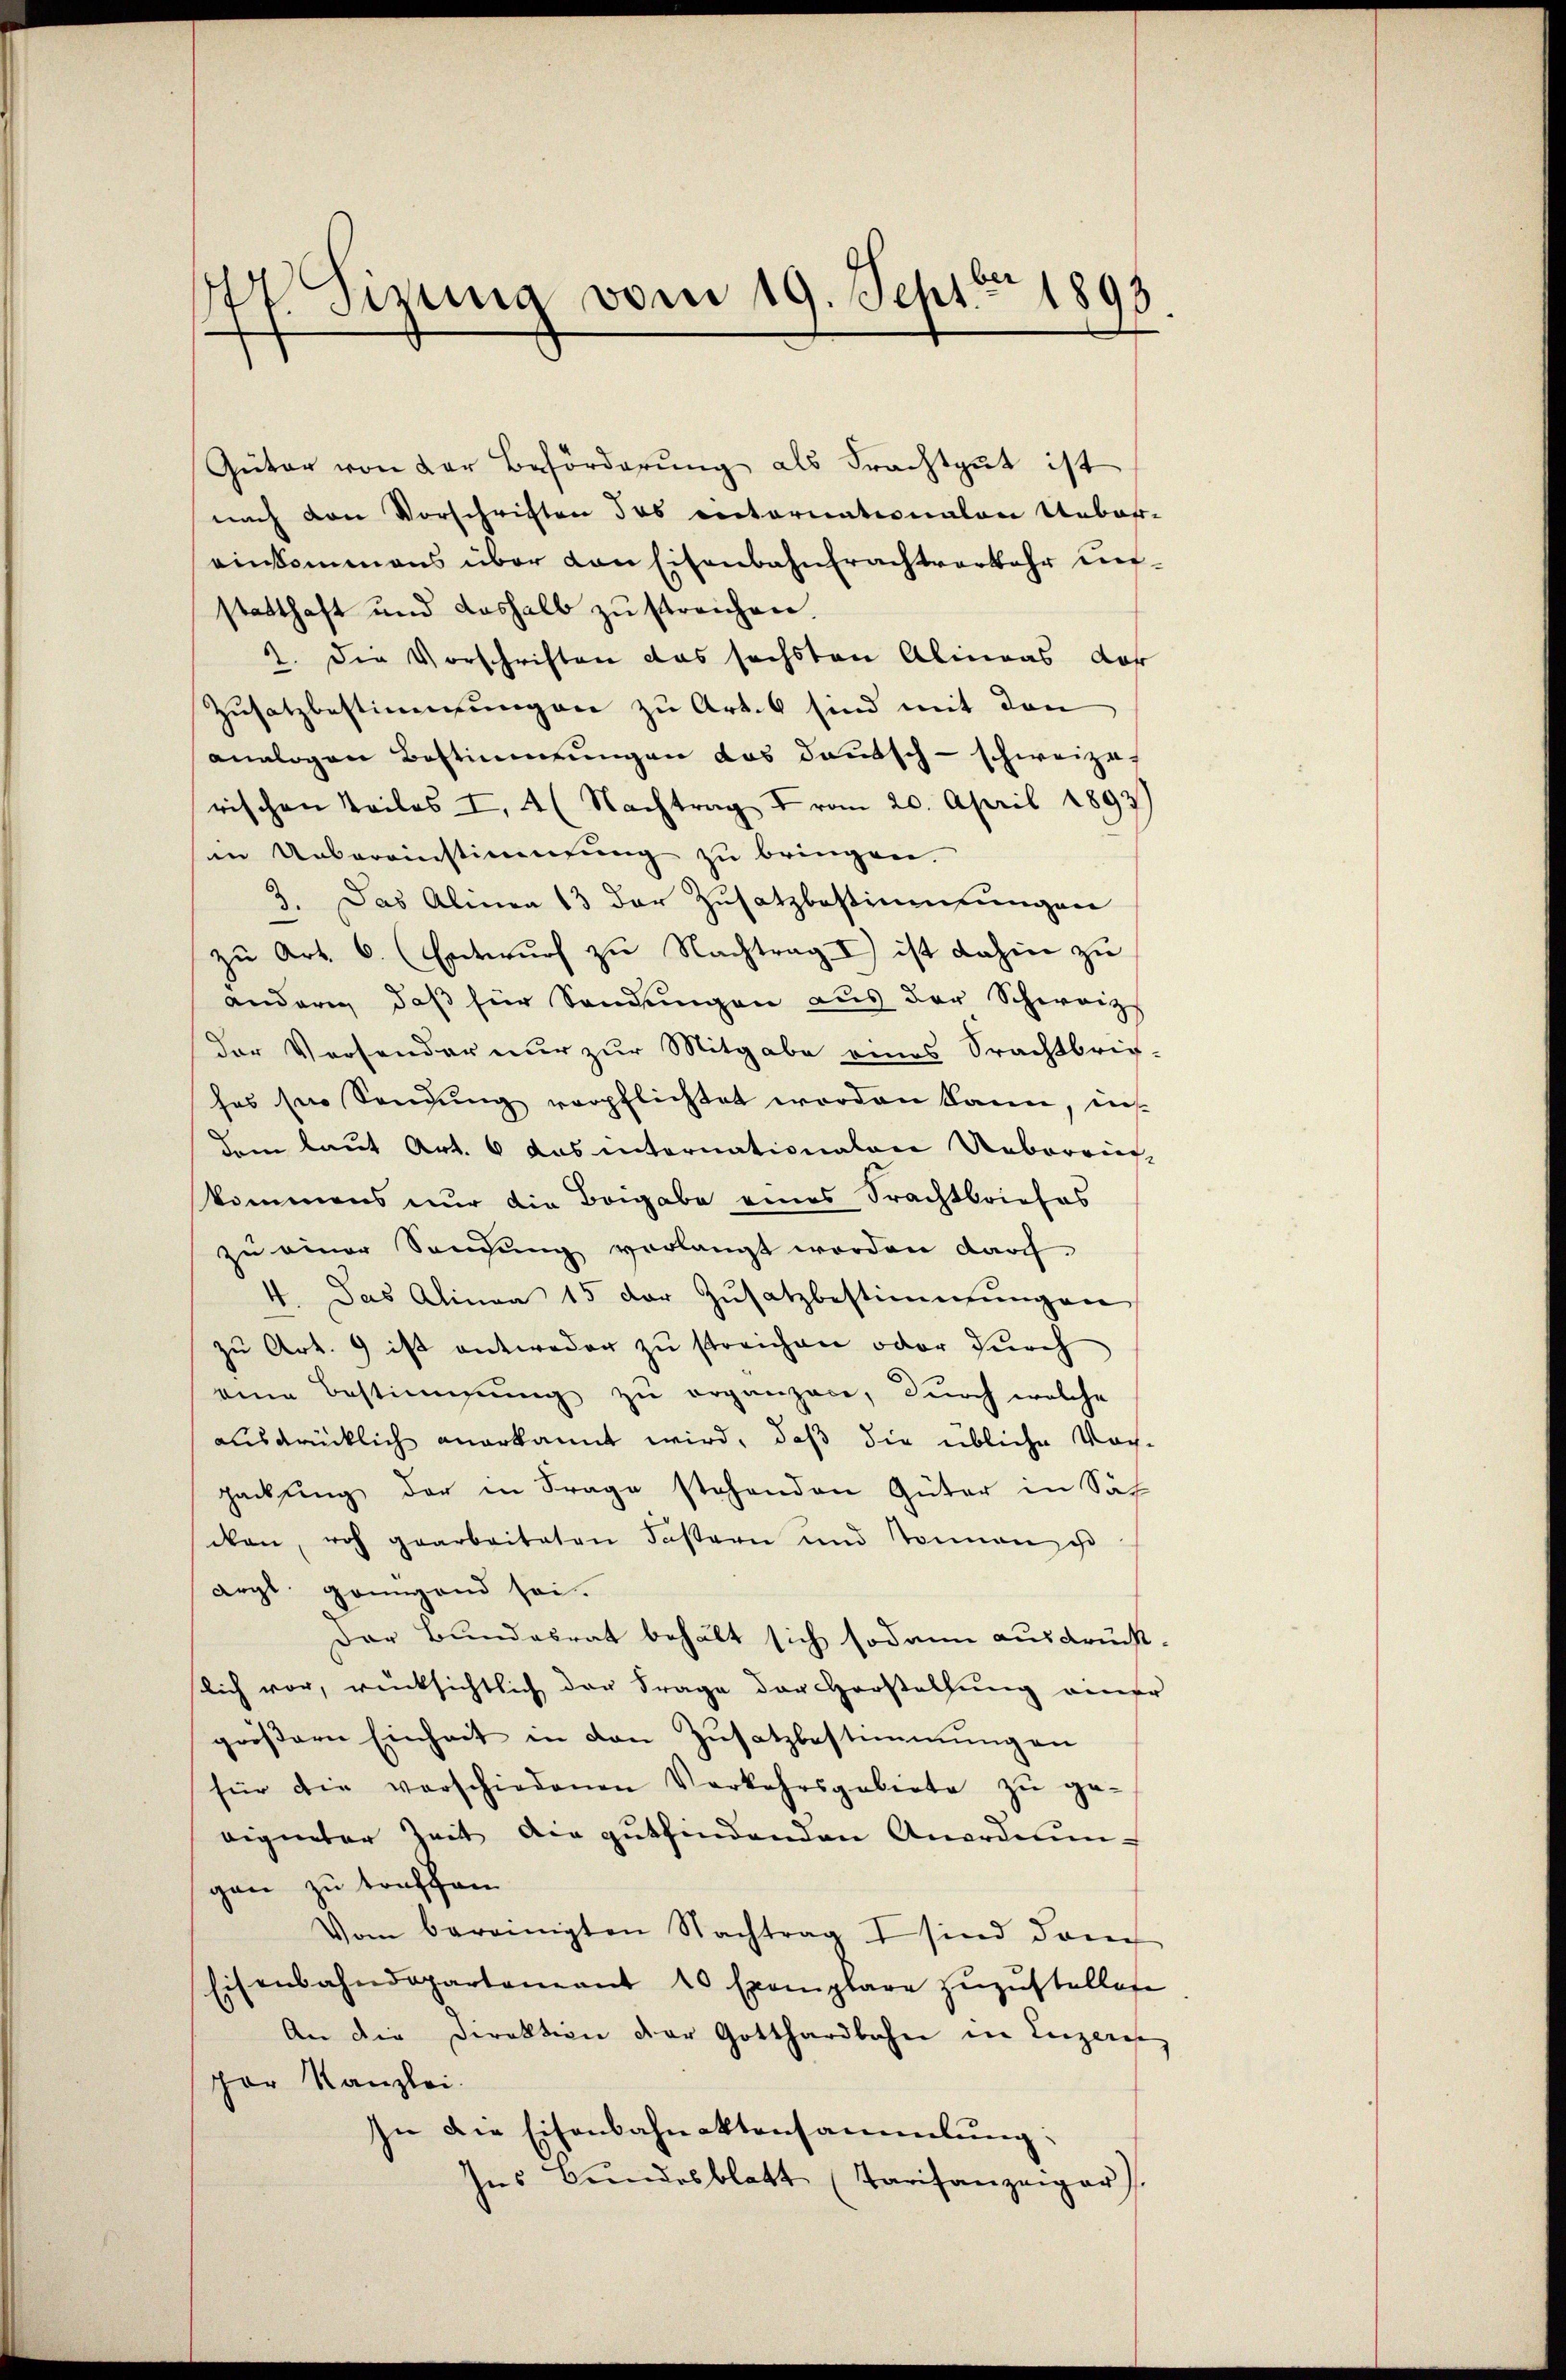
47. Sizung vom 19. Sept. 1898.

Güter von der Beförderŭng als Frachtgut ist
nach den Vorschriften das rectornationalen Ueber-
einkommens über von Eisenbahntrachtverkehr unstatthaft und deshalb zu streichen.
2. Die Vorschriften das sechsten Abmaas dor
Zusatz bestimmungen zu Art. 6 sind mit den
analogen Bestimmungen das deutsch-schweize
rischen Teiles I, 4 (Nachtrag I vom 20. April 1893
in Uebereinstimmung zŭ bringen.
3. Das Alinea 13 der Zusatzbestimmungen
zu Art. 6. (Entwurf zu Nachtrag I) ist dahin zu
andern daβ für Sandŭngen aus der Schweiz
der Versonder nur zur Mitgabe eines Srachtbrich-
hes sei Sandŭng verpflichtet worden kann, ins-
dem laut Art. 6 das internationalen Ueberrief
kommens nur die Beigabe eines Srachtbriefes
zu einer Sangŭng verlangt worden darch
4. Das Alinea 15 der Zusatzbestimmungen
zu Art. 9 ist antweder zu streichen oder durch
eine Bestimmung zu organzace, durch welche
ausdrücklich anerkannt wird, daß die übliche Nachpackung der in Frage stehenden Güter in Sach
cken, roh gearbeiteten Fastern und Sonnen ist
arzl gönngend sei.
Der Bundesrat behält sich sodann ausdrück-
slich vor, rücksichtlich der Frage der Herstellung einer
größern Einheit in den Zusatzbestimmung an
für die verschiedenen Verkehrsgebiete zŭ ge-
eigneter Zeit die gŭtfindenden Anordnŭn-
gen zu treffen
Vom bereinigten Nachtrag sind dann
Eisenbahndepartement 10 Exemplare zuzustellete
An die Direktion der Gotthardbahn in Luzeris
por Kanzlei.
In die Eisenbahnaktensammlung:
Ins Bundesblatt (Tarifanzeiger